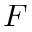
F